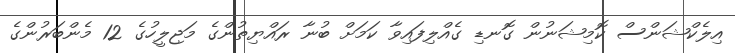
އިލެކްޝަންސް ކޮމިޝަނުން ގޮނޑި ގެއްލިފައިވާ ކަމަށް ބުނާ ރައްޔިތުންގެ މަޖިލީހުގެ 12 މެންބަރުންގެ